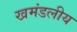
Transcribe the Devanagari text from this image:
खमंडलीय